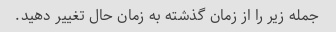
جمله زیر را از زمان گذشته به زمان حال تغییر دهید.